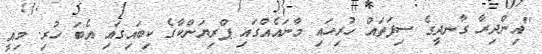
"އިންދިރާ ގާނދީގެ ސިފަތައް ހުރިހައި މާނައެއްގައި ޕްރިޔަންކާގެ ކިބައިގައި އެބަ ހުރި. މިއީ